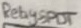
Text: Relay-SPDT